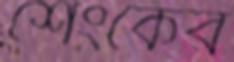
শেংকের